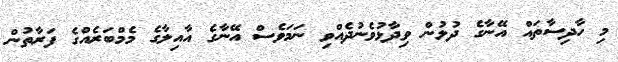
މި ހާދިސާތައް އޭނާގެ ދުލުން ވިދާޅުވެނުދެއްވި ނަމަވެސް އޭނާގެ އާއިލާގެ މެމްބަރެއްގެ ފަރާތުން